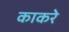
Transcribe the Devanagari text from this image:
काकरे